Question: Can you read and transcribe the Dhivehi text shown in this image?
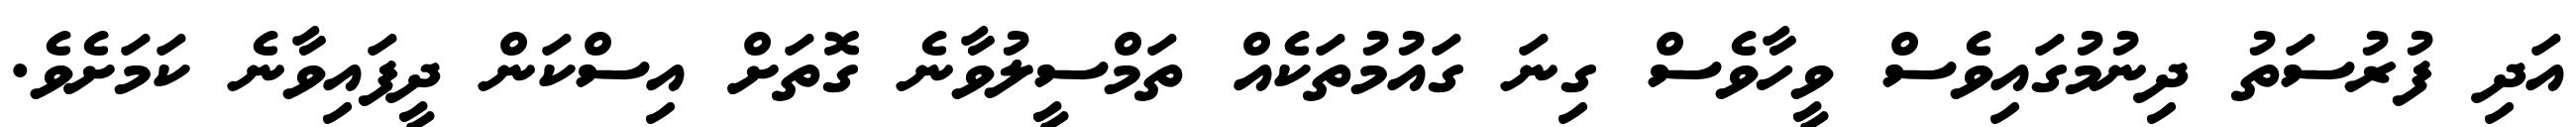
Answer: އަދި ފުރުސަތު ދިނުމުގައިވެސް ވީހާވެސް ގިނަ ގައުމުތަކެއް ތަމްސީލުވާނެ ގޮތަށް އިސްކަން ދީފައިވާނެ ކަމަށެވެ.